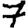
Digit: 7